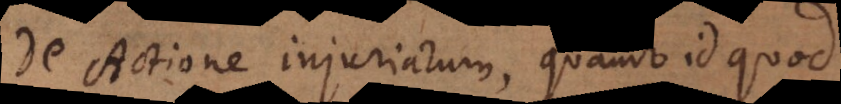
De Actione injuriarum, quando id quod